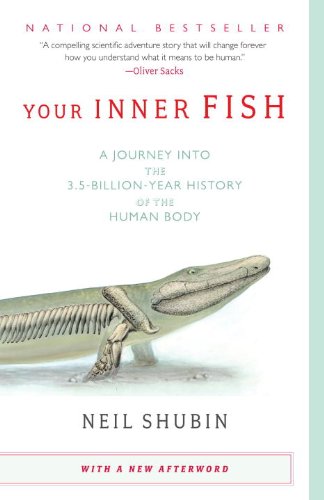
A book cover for Your Inner Fish: A Journey into the 3.5-Billion-Year History of the Human Body; Neil Shubin; Science & Math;